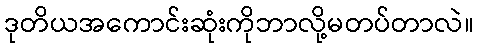
ဒုတိယအကောင်းဆုံးကိုဘာလို့မတပ်တာလဲ။